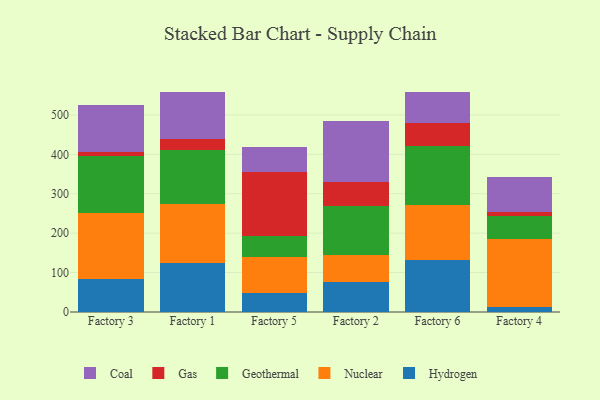
{"axis": {"x": "Factory", "y": "Bounce Rate (%)"}, "legend": ["Coal", "Gas", "Geothermal", "Hydrogen", "Nuclear"], "data": [{"x": "Factory 3", "y": 82.7, "type": "Hydrogen"}, {"x": "Factory 3", "y": 169.7, "type": "Nuclear"}, {"x": "Factory 3", "y": 143.9, "type": "Geothermal"}, {"x": "Factory 3", "y": 10.7, "type": "Gas"}, {"x": "Factory 3", "y": 118.8, "type": "Coal"}, {"x": "Factory 1", "y": 124.3, "type": "Hydrogen"}, {"x": "Factory 1", "y": 148.8, "type": "Nuclear"}, {"x": "Factory 1", "y": 136.6, "type": "Geothermal"}, {"x": "Factory 1", "y": 29.5, "type": "Gas"}, {"x": "Factory 1", "y": 119.2, "type": "Coal"}, {"x": "Factory 5", "y": 48.8, "type": "Hydrogen"}, {"x": "Factory 5", "y": 91.8, "type": "Nuclear"}, {"x": "Factory 5", "y": 51.0, "type": "Geothermal"}, {"x": "Factory 5", "y": 163.7, "type": "Gas"}, {"x": "Factory 5", "y": 62.4, "type": "Coal"}, {"x": "Factory 2", "y": 76.4, "type": "Hydrogen"}, {"x": "Factory 2", "y": 68.6, "type": "Nuclear"}, {"x": "Factory 2", "y": 123.6, "type": "Geothermal"}, {"x": "Factory 2", "y": 60.4, "type": "Gas"}, {"x": "Factory 2", "y": 154.9, "type": "Coal"}, {"x": "Factory 6", "y": 131.5, "type": "Hydrogen"}, {"x": "Factory 6", "y": 139.9, "type": "Nuclear"}, {"x": "Factory 6", "y": 149.8, "type": "Geothermal"}, {"x": "Factory 6", "y": 58.6, "type": "Gas"}, {"x": "Factory 6", "y": 79.3, "type": "Coal"}, {"x": "Factory 4", "y": 11.7, "type": "Hydrogen"}, {"x": "Factory 4", "y": 173.5, "type": "Nuclear"}, {"x": "Factory 4", "y": 57.4, "type": "Geothermal"}, {"x": "Factory 4", "y": 10.0, "type": "Gas"}, {"x": "Factory 4", "y": 89.5, "type": "Coal"}]}